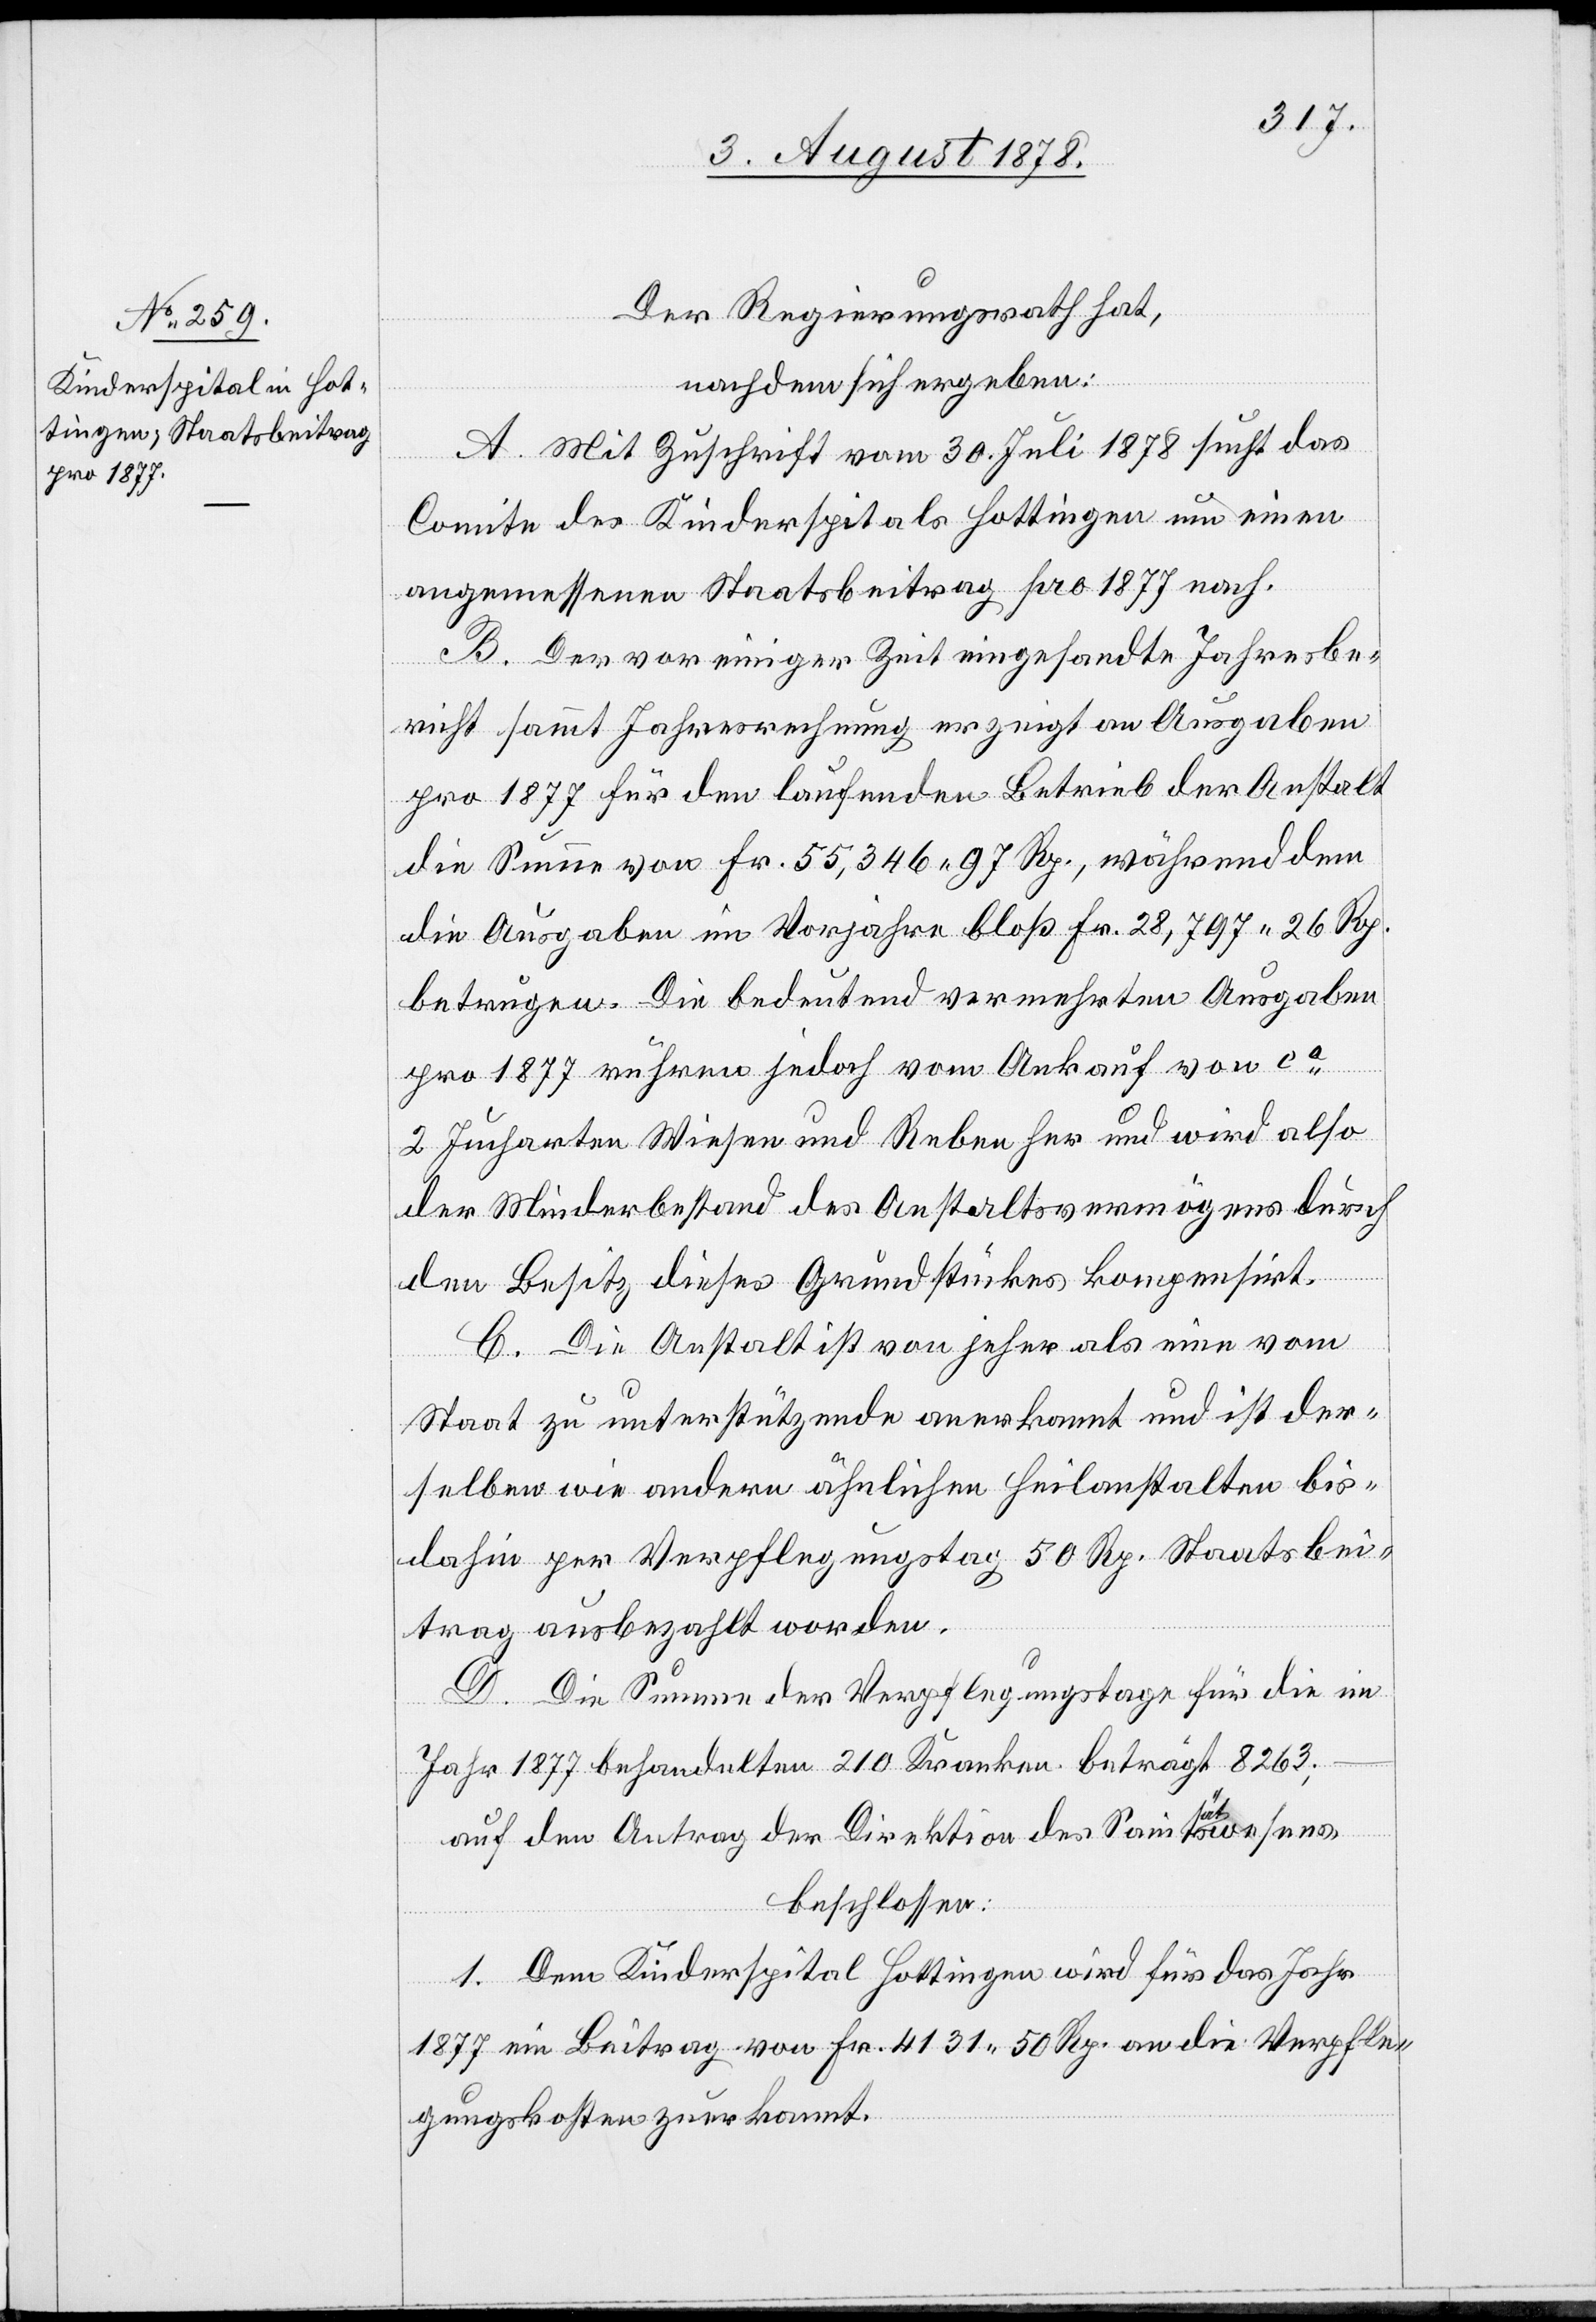
Der Regierungsrath hat,
nachdem sich ergeben:
A. Mit Zuschrift vom 30. Juli 1878 sucht das
Comite des Kinderspitals Hottingen um einen
angemessenen Staatsbeitrag pro 1877 nach.
B. Der vor einiger Zeit eingesandte Jahresbe¬
richt sammt Jahresrechnung erzeigt an Ausgaben
pro 1877 für den laufenden Betrieb der Anstalt
die Summe von Fr. 55,346 97 Rp., während dem
die Ausgaben im Vorjahre bloß Fr. 28,797 26 Rp.
betrugen. Die bedeutend vermehrten Ausgaben
pro 1877 rühren jedoch vom Ankauf von ca
2 Jucharten Wiesen und Reben her und wird also
der Minderbestand des Anstaltsvermögens durch
den Besitz dieses Grundstückes kompensirt.
C. Die Anstalt ist von jeher als eine vom
Staat zu unterstützende anerkannt und ist der¬
selben wie andern ähnlichen Heilanstalten bis
dahin per Verpflegungstag 50 Rp. Staatsbei¬
trag ausbezahlt worden.
D. Die Summe der Verpflegungstage für die im
Jahr 1877 behandelten 210 Kranken beträgt 8263;
auf den Antrag der Direktion des Sanittätswesens
beschlossen:
1. Dem Kinderspital Hottingen wird für das Jahr
1877 ein Beitrag von Fr. 4131 50 Rp. an die Verpfle¬
gungskosten zuerkannt.